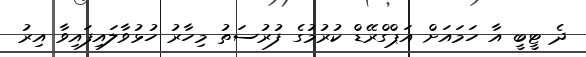
ދެ ޓީބީ އާ ހަމައަށް އަޕްގްރޭޑް ކުރުމުގެ ފުރުސަތު މިހާރު ހުޅުވާލައިފައިވާ އިރު